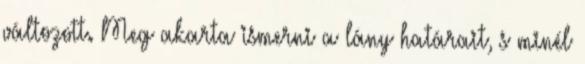
változott. Meg akarta ismerni a lány határait, s minél